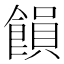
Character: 𮩉